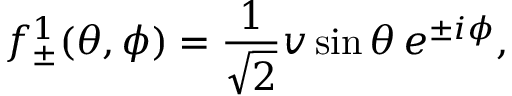
f _ { \pm } ^ { 1 } ( \theta , \phi ) = \frac { 1 } { \sqrt { 2 } } v \sin \theta \, e ^ { \pm i \phi } ,